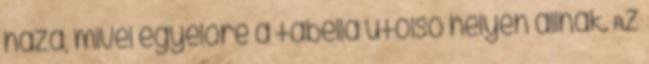
haza, mivel egyelőre a tabella utolsó helyén állnak. Az